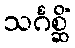
သင်္ဂစ္ဆိံ